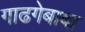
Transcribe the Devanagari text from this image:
गाढगेबाबा